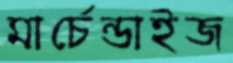
মার্চেন্ডাইজ